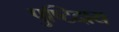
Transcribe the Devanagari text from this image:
पुष्टिदाय